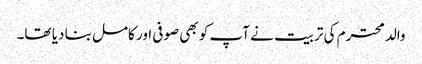
والد محترم کی تربیت نے آپ کو بھی صوفی اور کامل بنا دیا تھا۔